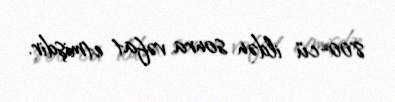
800-cü ildən sonra vəfat etmişdir.